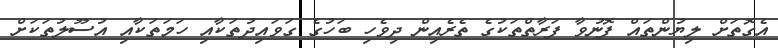
އެގޮތަށް ލިޔުންތައް ފޮނުވާ ފަރާތްތަކުގެ ތެރެއިން ދިވެހި ބަހުގެ ގަވައިދުތަކާއި ހަމަތަކާއި އުސޫލުތަކަށް